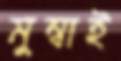
মুম্বাই